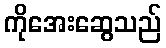
ကိုအေးဆွေသည်